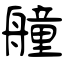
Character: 艟